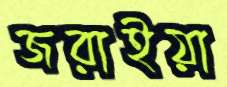
জরাইয়া